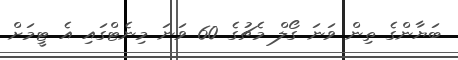
ބަޔާންގެ ތިން ވަނަ ގޯލް މެޗުގެ 60 ވަނަ މިނެޓްގައި އެ ޓީމަށް